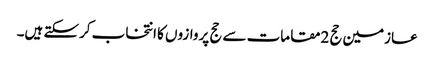
عازمین حج 2مقامات سے حج پروازوں کا انتخاب کرسکتے ہیں۔